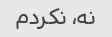
نه، نکردم